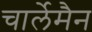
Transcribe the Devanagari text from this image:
चार्लेमैन